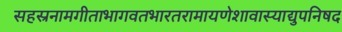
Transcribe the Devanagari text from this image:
सहस्रनामगीताभागवतभारतरामायणेशावास्याद्युपनिषद